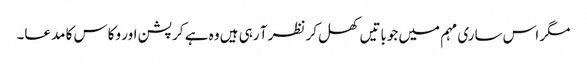
مگر اس ساری مہم میں جوباتیں کھل کر نظر آ رہی ہیں وہ ہے کرپشن اور وکاس کا مدعا۔